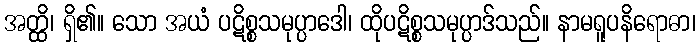
အတ္ထိ၊ ရှိ၏။ သော အယံ ပဋိစ္စသမုပ္ပာဒေါ၊ ထိုပဋိစ္စသမုပ္ပာဒ်သည်။ နာမရူပနိရောဓာ၊